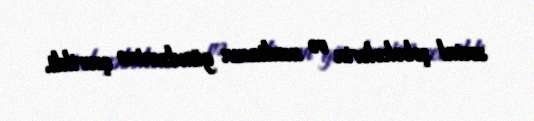
sosial şəbəkələrin və medianın gündəminə çevrildi.